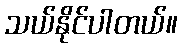
သယ်နိုင်ပါတယ်။